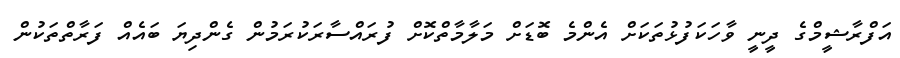
އަފްރާޝީމްގެ ދީނީ ވާހަކަފުޅުތަކަށް އެންމެ ބޮޑަށް މަލާމާތްކޮށް ފުރައްސާރަކުރަމުން ގެންދިޔަ ބައެއް ފަރާތްތަކުން